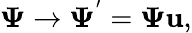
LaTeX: {\mathbf{\Psi}}\rightarrow{\mathbf{\Psi}}^{'}={\mathbf{\Psi}}{\mathbf u},